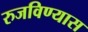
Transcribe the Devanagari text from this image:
रुजविण्यास